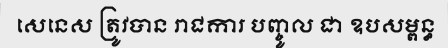
សេនេស ត្រូវបាន រាជការ បញ្ចូល ជា ឧបសម្ពន្ធ